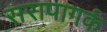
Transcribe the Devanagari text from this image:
सरापागर्क